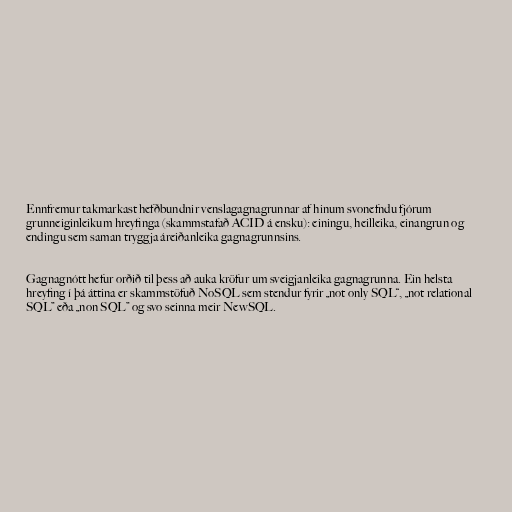
Ennfremur takmarkast hefðbundnir venslagagnagrunnar af hinum svonefndu fjórum
grunneiginleikum hreyfinga (skammstafað ACID á ensku): einingu, heilleika, einangrun og
endingu sem saman tryggja áreiðanleika gagnagrunnsins.

Gagnagnótt hefur orðið til þess að auka kröfur um sveigjanleika gagnagrunna. Ein helsta
hreyfing í þá áttina er skammstöfuð NoSQL sem stendur fyrir „not only SQL“, „not relational
SQL” eða „non SQL” og svo seinna meir NewSQL.